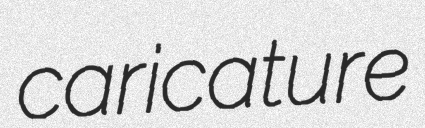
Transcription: caricature